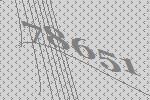
78651